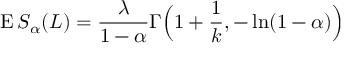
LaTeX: \operatorname { E } S _ { \alpha } ( L ) = { \frac { \lambda } { 1 - \alpha } } \Gamma { \Big ( } 1 + { \frac { 1 } { k } } , - \ln ( 1 - \alpha ) { \Big ) }